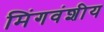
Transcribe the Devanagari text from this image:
मिंगवंशीय